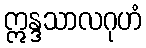
ဣန္ဒသာလဂုဟံ